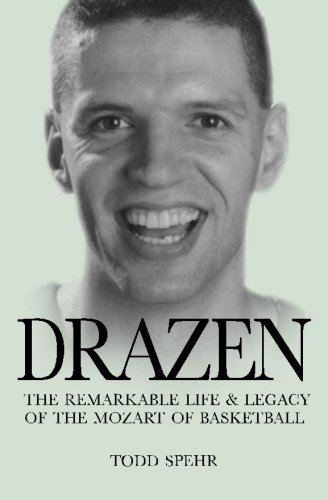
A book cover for Drazen: The Remarkable Life and Legacy of the Mozart of Basketball; Todd Spehr; Biographies & Memoirs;